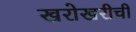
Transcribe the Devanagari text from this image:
खरोखरीची